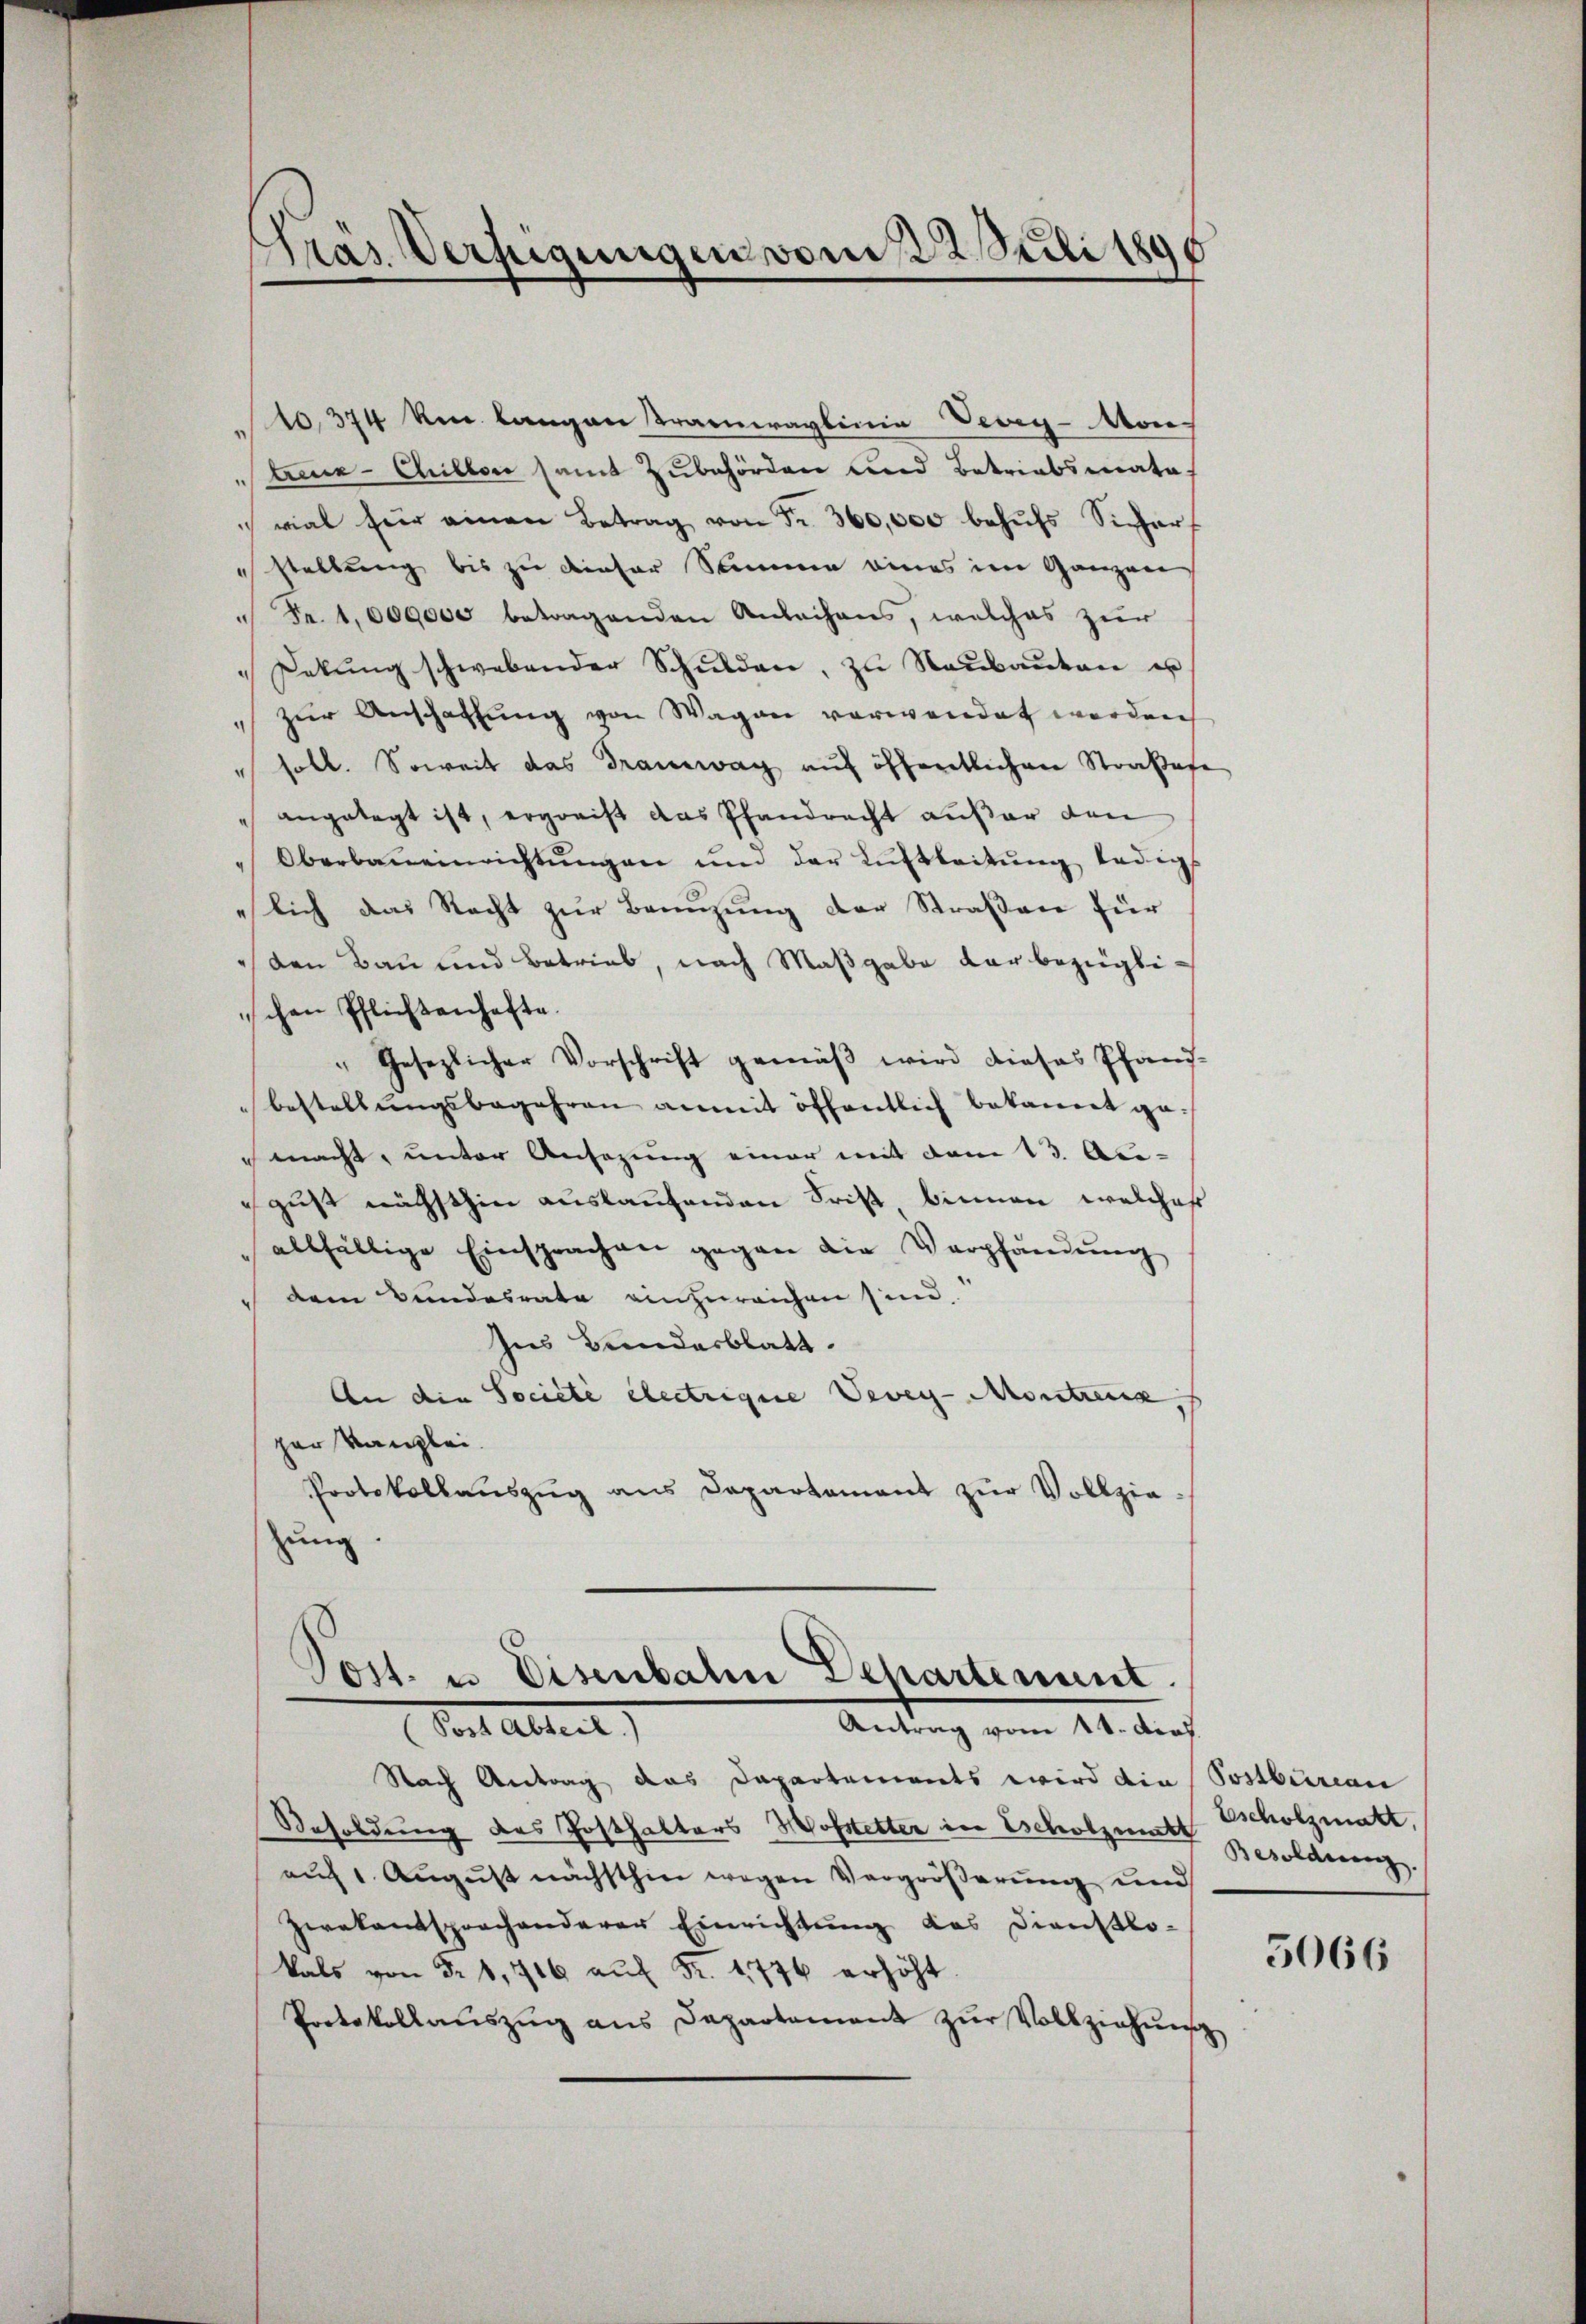
10374 km langen Tramwaylinia Vevey-Mon
Aine-Chillen samt Zubehörden und Betriebsmata
vial für einen Betrag von Fr. 360,000 behŭfs Sicharf
stellung bis zu dieser Samme eines im Ganzen
" Fr. 1000000 betragenden Anleihens, welches zur
"Dekŭng schwebender Schŭlden, zu Neŭbaŭten u
"zur Anschaffung von Wagen verwendet werden
" soll. Soweit das Tramwag auf öffentlichen Straßefe
 angelegt ist, ergreift das Pfandrecht außer den
Oberbaueinrichtungen und der Luftleitŭng ledigs
lich das Recht zur Bannzung der Straßen für
 den Bau und Betrieb, nach Maßgabe dar bezügliischen Pflichtenhafte.
" Gesezlicher Vorschrift gemäβ wird dieses Pfand-
bestellŭngsbegehren anmit öffentlich bekannt ge-
macht, unter Ansezung einer mit dem 13. Api-
gust nächsthin auslaufenden Frist binnen welches
allfällige Einsprachen gegen die Verpfändŭng
dem Bundesrate einzureichen sind.
Ins Bundesblatt.
An die Société électrigue Vevey-Montreux, s
per Kanzlei.
Protokollaŭszŭg ans Departament zŭr Vollzie-
zung.

Gras Verfügungen vom 22. Juli 1890

Post. u. Eisenbahn Departement
Antrag vom 14. Arch.
Dort Altert

Nach Antrag das Departements wird die Postbureau
Resoldung des Posthalters Hofstetter in Escholzen Besolderungs
auf 1. August nächsthin wegen Vergrößerung und
Zwekentsprochenderer Einrichtung des Dienstlo-
kals von § 1, 716 aŭf Fr. 1776 erhöht.
Protokollauszug aus Departament zur Vollziehung

Escholzmatt,

5066